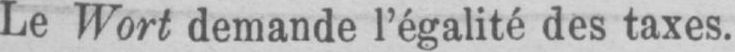
Le Wort demande l’égalité des taxes.